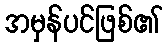
အမှန်ပင်ဖြစ်၏